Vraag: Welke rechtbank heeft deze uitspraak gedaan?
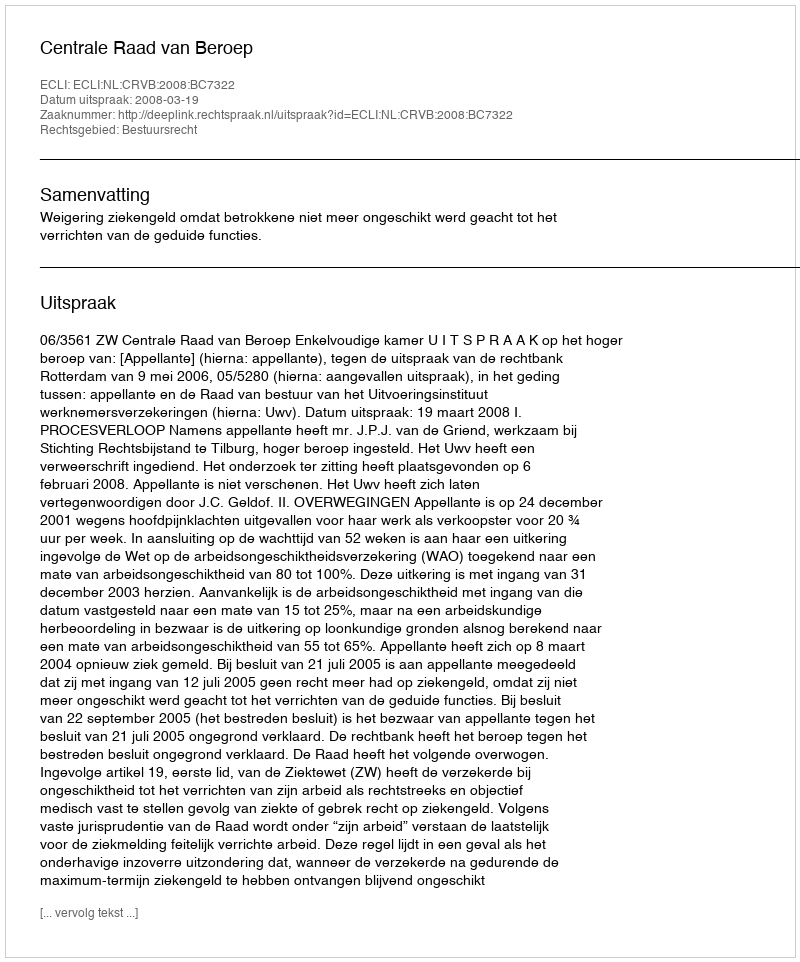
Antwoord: Centrale Raad van Beroep